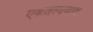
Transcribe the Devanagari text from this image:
एकतत्त्ववाद